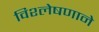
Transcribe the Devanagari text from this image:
विश्लेषणाने